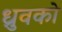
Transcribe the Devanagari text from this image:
ध्रुवको